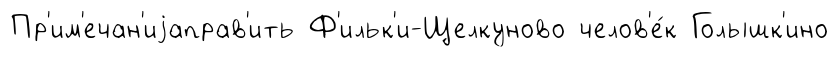
Пр'им'ечан'иjаправ'ить Ф'ильк'и-Щелкуново челов'е́к Голышк'ино